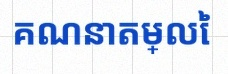
គណនាតម្លៃ